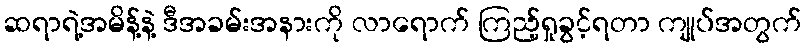
ဆရာရဲ့အမိန့်နဲ့ ဒီအခမ်းအနားကို လာရောက် ကြည့်ရှုခွင့်ရတာ ကျုပ်အတွက်